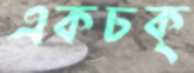
একচক্